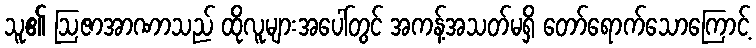
သူ၏ ဩဇာအာဏာသည် ထိုလူများအပေါ်တွင် အကန့်အသတ်မရှိ တော်ရောက်သောကြောင့်